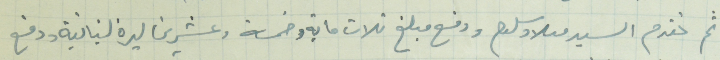
ثم تقدم السيد ميلاد سلوم ودفع مبلغ تلات ماية وخمسة وعشرين ليرة لبنانية ودفع